Civil Veterinary Department Bengal reports 1923-33 - 1923-1933
Year: 1923
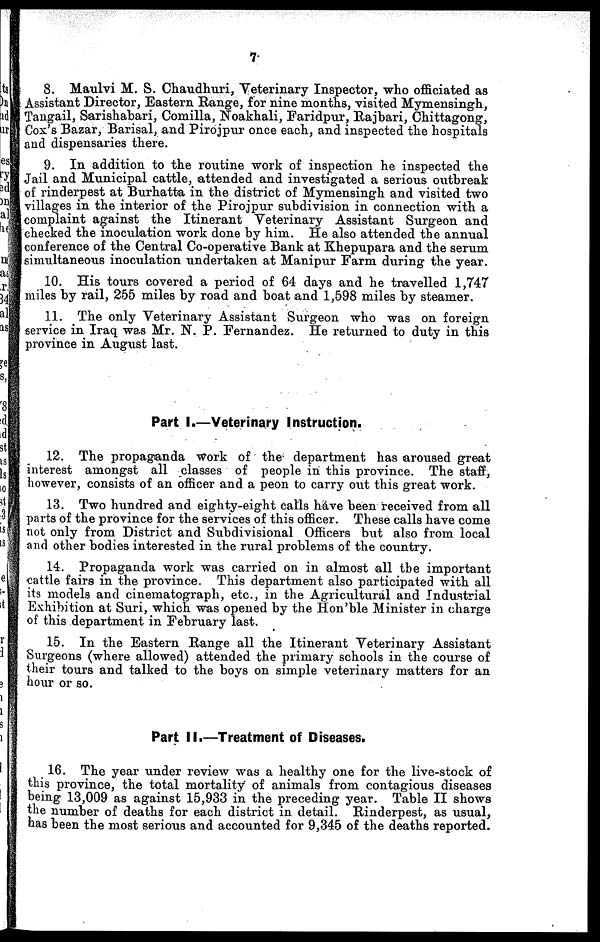
7
8. Maulvi M. S. Chaudhuri, Veterinary Inspector, who officiated as
Assistant Director, Eastern Range, for nine months, visited Mymensingh,
Tangail, Sarishabari, Comilla, Noakhali, Faridpur, Rajbari, Chittagong,
Cox's Bazar, Barisal, and Pirojpur once each, and inspected the hospitals
and dispensaries there.
9. In addition to the routine work of inspection he inspected the
Jail and Municipal cattle, attended and investigated a serious outbreak
of rinderpest at Burhatta in the district of Mymensingh and visited two
villages in the interior of the Pirojpur subdivision in connection with a
complaint against the Itinerant Veterinary Assistant Surgeon and
cheeked the inoculation work done by him. He also attended the annual
conference of the Central Co-operative Bank at Khepupara and the serum
simultaneous inoculation undertaken at Manipur Farm during the year.
10, His tours covered a period of 64 days and he travelled 1,747
miles by rail, 258 miles by road and boat and 1,598 miles by steamer,
11, The only Veterinary Assistant Surgeon who was on foreign
service in Iraq was Mr. N. P. Fernandez. He returned to duty in this
province in August last.
Part I.—Veterinary Instruction.
12. The propaganda work of the department has aroused great
interest amongst all classes of people in this province. The staff,
however, consists of an officer and a peon to carry out this great work.
18. Two hundred and eighty-eight calls hive been received from all
parts of the province for the services of this officer. These calls have come
not only from District and Subdivisional Officers but also from local
and other bodies interested in the rural problems of the country.
14. Propaganda work was carried on in almost all the important
cattle fairs in the province. This department also participated with all
its models and cinematograph, etc., in the Agricultural and Industrial
Exhibition at Suri, which was opened by the Hon'ble Minister in charge
of this department in February last.
15. In the Eastern Range all the Itinerant Veterinary Assistant
Surgeons (where allowed) attended the primary schools in the course of
their tours and talked to the boys on simple veterinary matters for an
hour or so.
Part II.—Treatment of Diseases,
16. The year under review was a healthy one for the live-stock of
this province, the total mortality of animals from contagious diseases
being 13,009 as against 15,933 in the preceding year. Table II shows
the number of deaths for each district in detail. Rinderpest, as usual,
has been the most serious and accounted for 9,345 of the deaths reported.